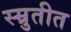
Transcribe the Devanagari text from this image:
स्म्रुतीत